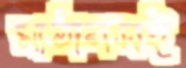
মাঠানসই